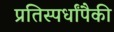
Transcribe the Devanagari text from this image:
प्रतिस्पर्धांपैकी